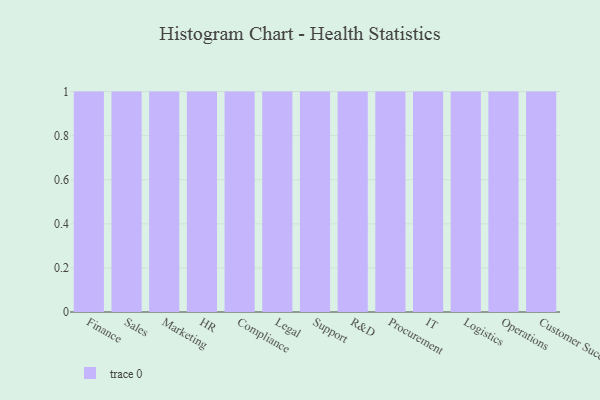
{"axis": {"x": "Department", "y": "Conversion Rate (%)"}, "legend": [""], "data": [{"x": "Finance", "y": 46, "type": ""}, {"x": "Sales", "y": 96, "type": ""}, {"x": "Marketing", "y": 14, "type": ""}, {"x": "HR", "y": 40, "type": ""}, {"x": "Compliance", "y": 56, "type": ""}, {"x": "Legal", "y": 48, "type": ""}, {"x": "Support", "y": 17, "type": ""}, {"x": "R&D", "y": 96, "type": ""}, {"x": "Procurement", "y": 35, "type": ""}, {"x": "IT", "y": 85, "type": ""}, {"x": "Logistics", "y": 99, "type": ""}, {"x": "Operations", "y": 91, "type": ""}, {"x": "Customer Success", "y": 48, "type": ""}]}